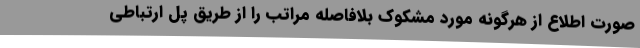
صورت اطلاع از هرگونه مورد مشکوک بلافاصله مراتب را از طریق پل ارتباطی